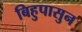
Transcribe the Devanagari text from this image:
बिहुपासुन